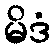
မိဒံ